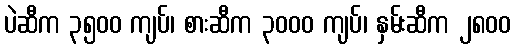
ပဲဆီက ၃၅၀၀ ကျပ်၊ စားဆီက ၃၀၀၀ ကျပ်၊ နှမ်းဆီက ၂၈၀၀